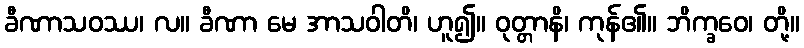
ခီဏာသဝဿ၊ လ။ ခီဏာ မေ အာသဝါတိ၊ ဟူ၍။ ဝုတ္တာနိ၊ ကုန်၏။ ဘိက္ခဝေ၊ တို့။